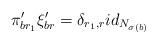
LaTeX: \begin{align*} \pi_{br_{1}}' \xi_{br}' = \delta_{r_{1},r} id_{N_{\sigma(b)}}\end{align*}